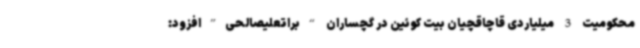
محکومیت 3 میلیاردی قاچاقچیان بیت کوئین در گچساران “براتعلیصالحی”افزود: